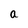
Character: a